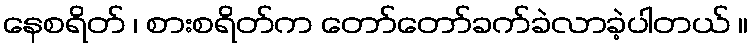
နေစရိတ် ၊ စားစရိတ်က တော်တော်ခက်ခဲလာခဲ့ပါတယ် ။